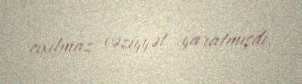
çıxılmaz vəziyyət yaratmışdı.